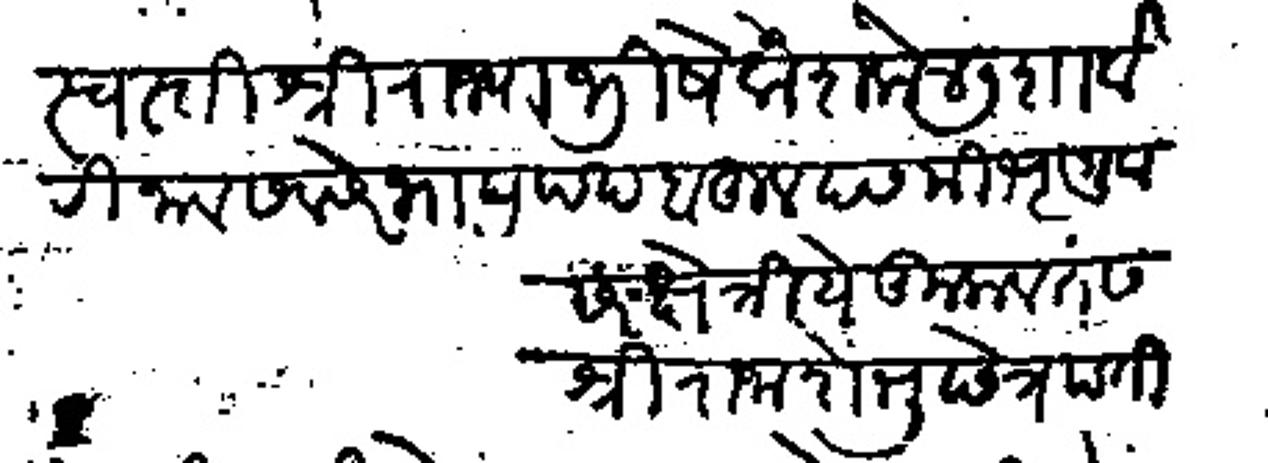
Transliteration (Devanagari): स्वस्ती श्री राज्याभिषेक शके ४७ शार्वरी नाम संवत्सरे भाद्रपद बहुल दसमी भृगुवा सर क्षेत्रीय कुलवतस श्री राजा शंभु छेत्रपती